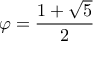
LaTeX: \varphi = { \frac { 1 + { \sqrt { 5 } } } { 2 } }